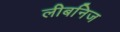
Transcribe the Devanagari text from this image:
लीबनिज